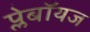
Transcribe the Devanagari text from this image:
प्लेबॉयज